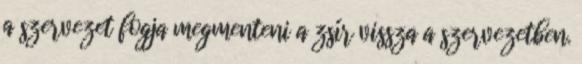
a szervezet fogja megmenteni a zsír vissza a szervezetben.